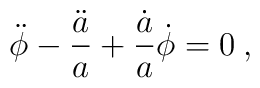
\ddot{\phi} - \frac{\ddot a}{a} + \frac{\dot a}{a} \dot \phi = 0 \>,